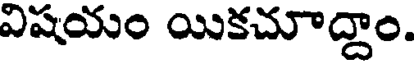
విషయం యికచూద్దాం.